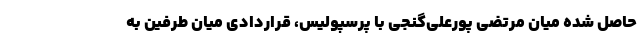
حاصل شده میان مرتضی پورعلی‌گنجی با پرسپولیس، قراردادی میان طرفین به